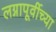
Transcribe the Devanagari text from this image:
लग्नापूर्वीच्या